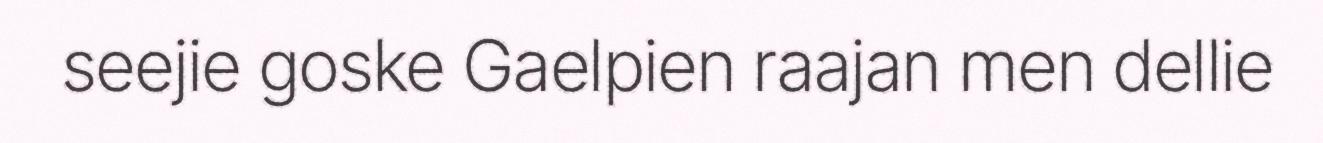
seejie goske Gaelpien raajan men dellie